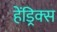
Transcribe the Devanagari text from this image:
हेंड्रिक्‍स